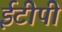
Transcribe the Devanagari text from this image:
ईटीपी